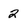
Character: 2